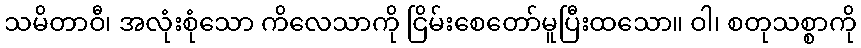
သမိတာဝီ၊ အလုံးစုံသော ကိလေသာကို ငြိမ်းစေတော်မူပြီးထသော။ ဝါ၊ စတုသစ္စာကို